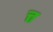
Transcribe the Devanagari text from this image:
त्त